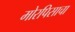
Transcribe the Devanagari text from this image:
मोरपिसाचा